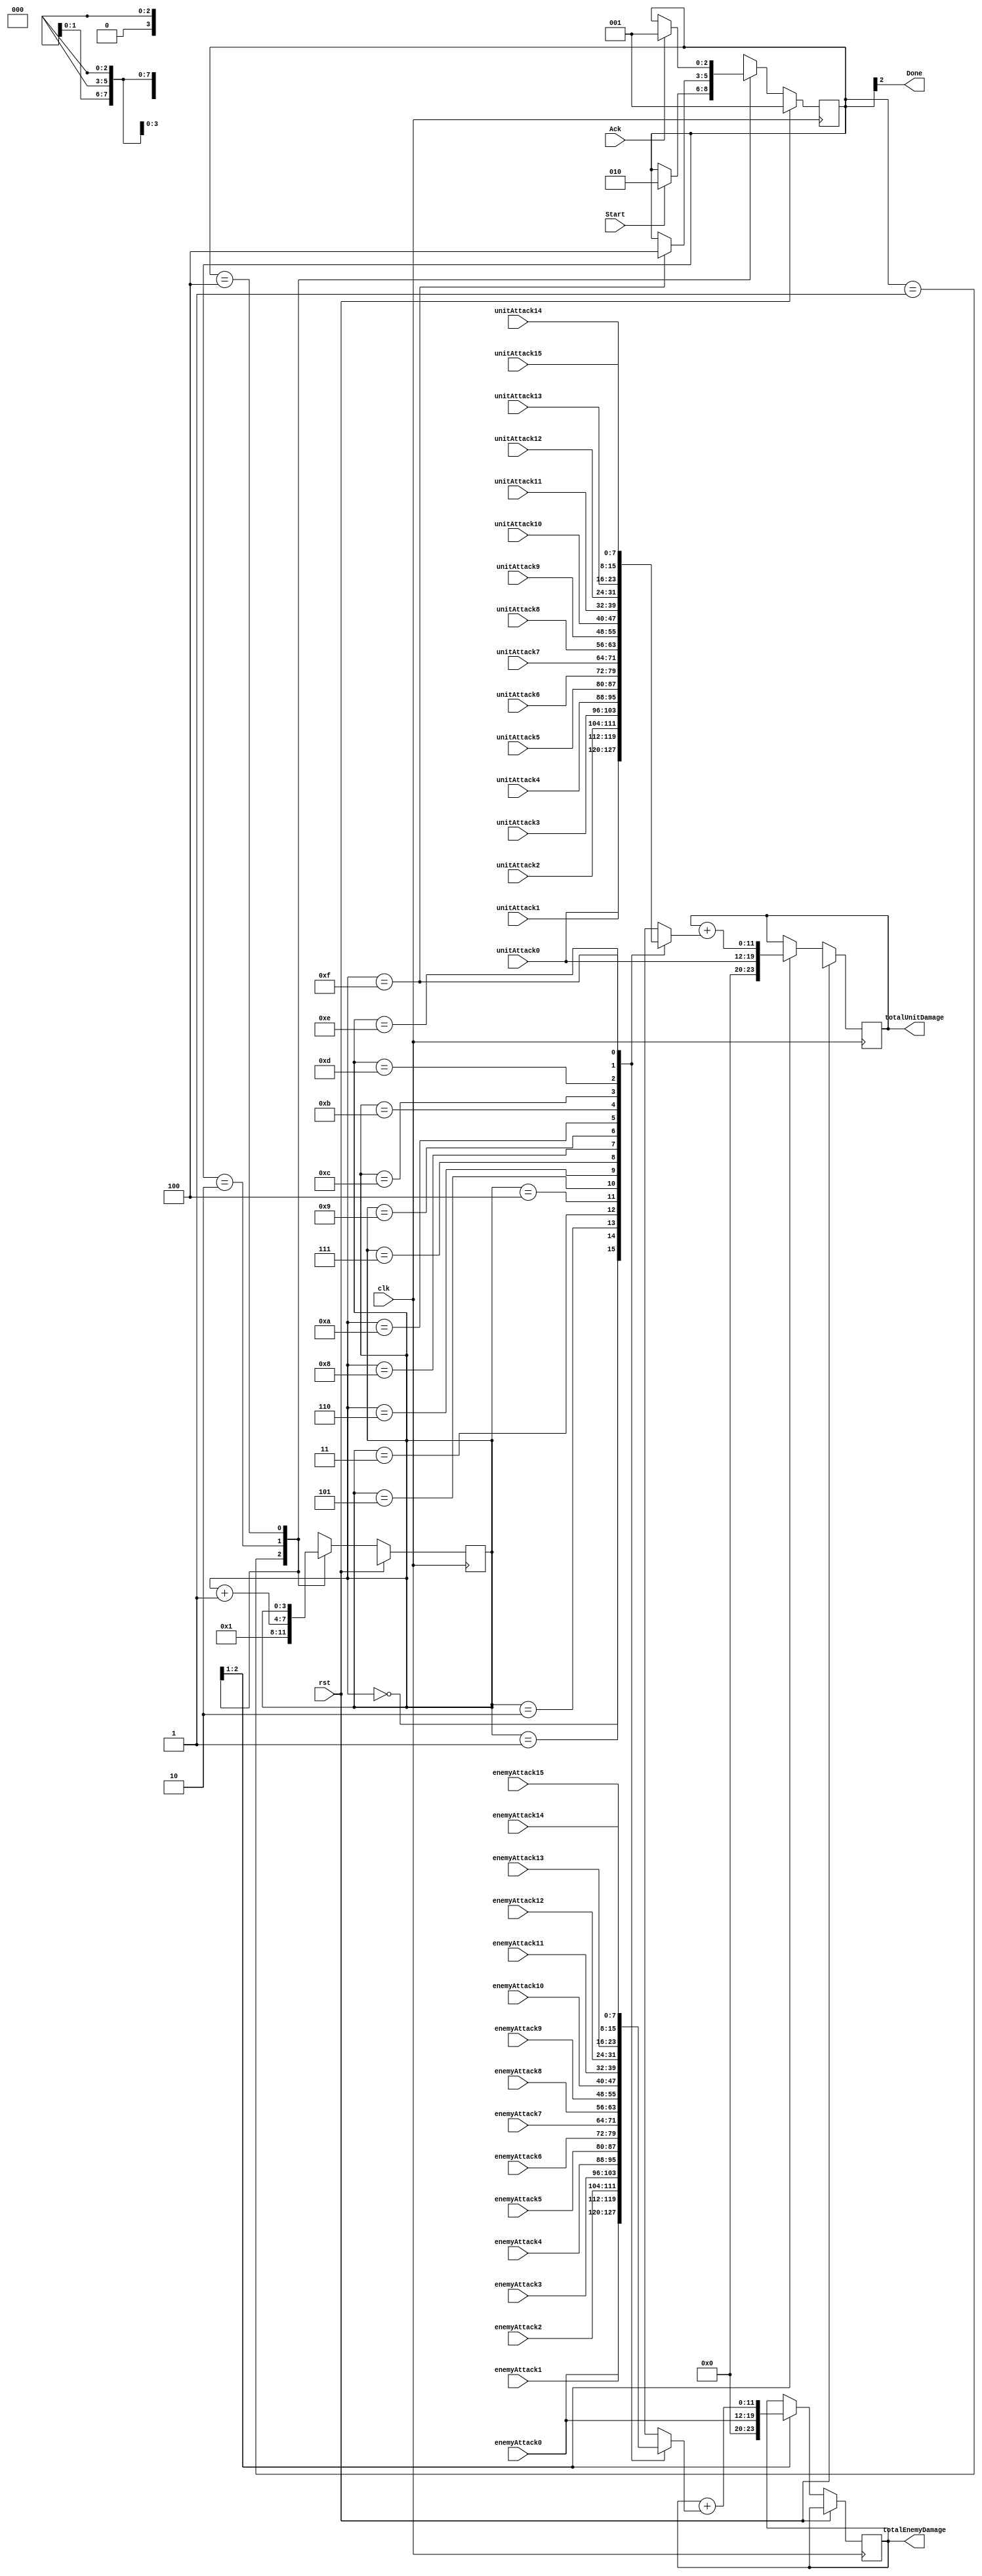
`timescale 1ns / 1ps


// Generates a gameSCEN which causes the game to advance a frame
// Has a synchronous reset
module DamageCalc(
	input clk,
	input rst,
	input Start,
	input Ack,
	input [7:0] unitAttack0,
	input [7:0] unitAttack1,
	input [7:0] unitAttack2,
	input [7:0] unitAttack3,
	input [7:0] unitAttack4,
	input [7:0] unitAttack5,
	input [7:0] unitAttack6,
	input [7:0] unitAttack7,
	input [7:0] unitAttack8,
	input [7:0] unitAttack9,
	input [7:0] unitAttack10,
	input [7:0] unitAttack11,
	input [7:0] unitAttack12,
	input [7:0] unitAttack13,
	input [7:0] unitAttack14,
	input [7:0] unitAttack15,
	input [7:0] enemyAttack0,
	input [7:0] enemyAttack1,
	input [7:0] enemyAttack2,
	input [7:0] enemyAttack3,
	input [7:0] enemyAttack4,
	input [7:0] enemyAttack5,
	input [7:0] enemyAttack6,
	input [7:0] enemyAttack7,
	input [7:0] enemyAttack8,
	input [7:0] enemyAttack9,
	input [7:0] enemyAttack10,
	input [7:0] enemyAttack11,
	input [7:0] enemyAttack12,
	input [7:0] enemyAttack13,
	input [7:0] enemyAttack14,
	input [7:0] enemyAttack15,
	output reg [11:0] totalUnitDamage,
	output reg [11:0] totalEnemyDamage,
	output Done
   );
	
	reg [3:0] I;
	reg [2:0] state;
	reg [7:0] currUnitDamage; 
	reg [7:0] currEnemyDamage; 
	
	localparam
	INITIAL	= 3'b001,
	SUM = 3'b010,
    DONE	= 3'b100;
	
	assign Done = state[2];
	
	// 16 to 1 mux for going selecting different enemies and units
	always @(*)
	begin: Mux_16_1
		case(I)
			4'b0000:
			begin
				currUnitDamage = unitAttack0;
                currEnemyDamage = enemyAttack0;
			end
			4'b0001:
			begin
				currUnitDamage = unitAttack1;
                currEnemyDamage = enemyAttack1;
			end
			4'b0010:
			begin
				currUnitDamage = unitAttack2;
                currEnemyDamage = enemyAttack2;
			end 
			4'b0011:
			begin
				currUnitDamage = unitAttack3;
                currEnemyDamage = enemyAttack3;
			end  
			4'b0100:
			begin
				currUnitDamage = unitAttack4;
                currEnemyDamage = enemyAttack4;
			end
			4'b0101:
			begin
				currUnitDamage = unitAttack5;
                currEnemyDamage = enemyAttack5;
			end
			4'b0110:
			begin
				currUnitDamage = unitAttack6;
                currEnemyDamage = enemyAttack6;
			end 
			4'b0111:
			begin
				currUnitDamage = unitAttack7;
                currEnemyDamage = enemyAttack7;
			end
			4'b1000:
			begin
				currUnitDamage = unitAttack8;
                currEnemyDamage = enemyAttack8;
			end
			4'b1001:
			begin
				currUnitDamage = unitAttack9;
                currEnemyDamage = enemyAttack9;
			end
			4'b1010:
			begin
				currUnitDamage = unitAttack10;
                currEnemyDamage = enemyAttack10;
			end 
			4'b1011:
			begin
				currUnitDamage = unitAttack11;
                currEnemyDamage = enemyAttack11;
			end
			4'b1100:
			begin
				currUnitDamage = unitAttack12;
                currEnemyDamage = enemyAttack12;
			end
			4'b1101:
			begin
				currUnitDamage = unitAttack13;
                currEnemyDamage = enemyAttack13;
			end
			4'b1110:
			begin
				currUnitDamage = unitAttack14;
                currEnemyDamage = enemyAttack14;
			end 
			4'b1111:
			begin
				currUnitDamage = unitAttack15;
                currEnemyDamage = enemyAttack15;
			end 		
		endcase
	end
	
	// State machine and datapath
	always @(posedge clk)
	begin
		if(rst)
		begin
			state <= INITIAL;
			I <= 4'bXXXX;
			totalUnitDamage <= 9'bXXXX_XXXX_X;
			totalUnitDamage <= 9'bXXXX_XXXX_X;
		end
		else
		begin
			case(state)				
				INITIAL:
				begin
					if(Start) state <= SUM;
					I <= 1;
					
					totalUnitDamage <= unitAttack0;
					totalEnemyDamage <= enemyAttack0;
				end
				
				SUM:
				begin
					if(I == 15) state <= DONE;
					
					I <= I + 1;
					
					totalUnitDamage <= totalUnitDamage + {4'b0000, currUnitDamage};
					totalEnemyDamage <= totalEnemyDamage + {4'b0000, currEnemyDamage};
					
				end
				DONE:
				begin
					if(Ack) state <= INITIAL;
				end
				
				default:
				begin
					state <= 3'bXXX;
					I <= 3'bXXX;
				end
				
			
			endcase
		end
	end
	
endmodule